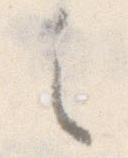
之